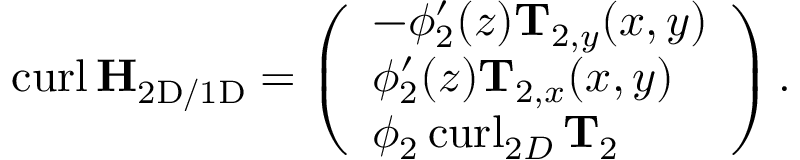
\begin{array} { r } { \operatorname { c u r l } \mathbf { H } _ { \mathrm { 2 D / 1 D } } = \left( \begin{array} { l } { - \phi _ { 2 } ^ { \prime } ( z ) \mathbf { T } _ { 2 , y } ( x , y ) } \\ { \phi _ { 2 } ^ { \prime } ( z ) \mathbf { T } _ { 2 , x } ( x , y ) } \\ { \phi _ { 2 } \operatorname { c u r l } _ { 2 D } \mathbf { T } _ { 2 } } \end{array} \right) . } \end{array}